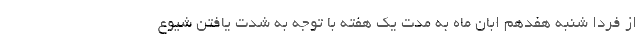
از فردا شنبه هفدهم ابان ماه به مدت یک هفته با توجه به شدت یافتن شیوع